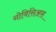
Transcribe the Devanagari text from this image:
नोविसिअस